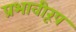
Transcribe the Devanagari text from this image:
प्रभावीरूप